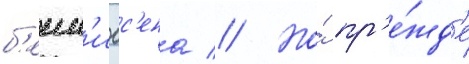
б'енн'игс'ена // Но́ пр'е́жд'е